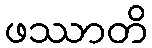
ဖဿာတိ